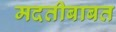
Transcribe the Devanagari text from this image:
मदतीबाबत